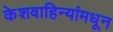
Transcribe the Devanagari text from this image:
केशवाहिन्यांमधून